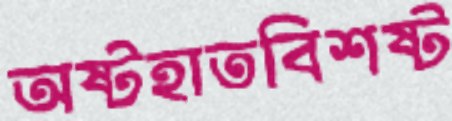
অষ্টহাতবিশষ্ট